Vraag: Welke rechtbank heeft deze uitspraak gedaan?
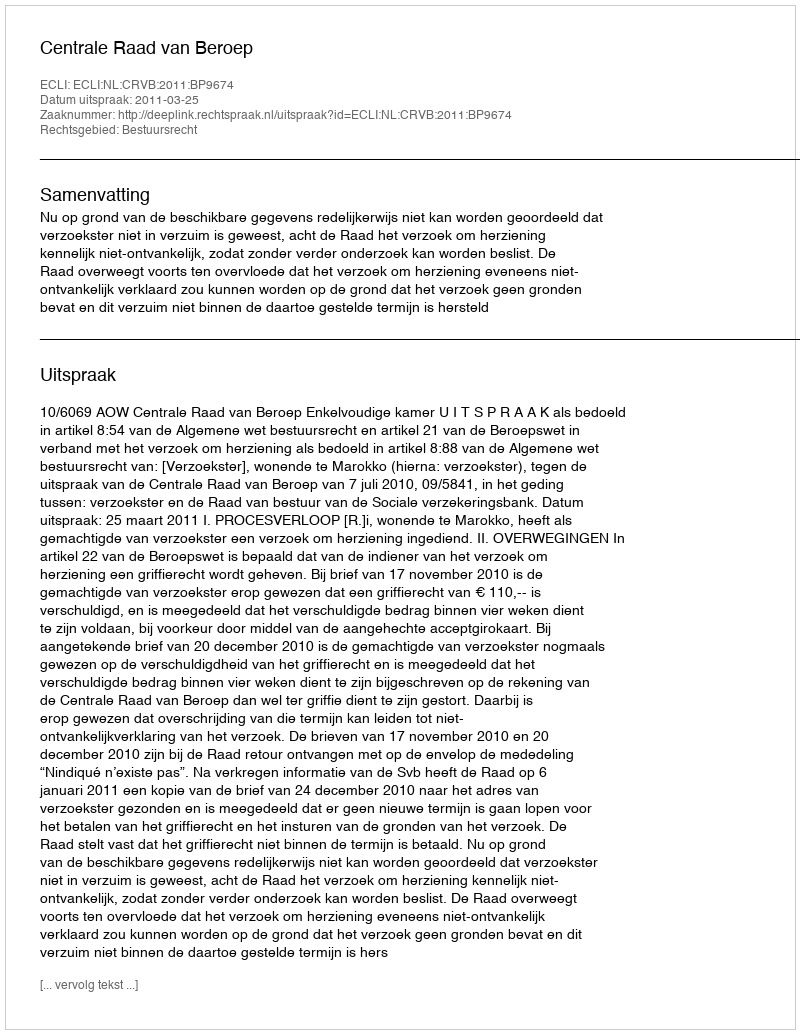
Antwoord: Centrale Raad van Beroep